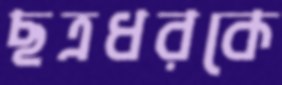
ছত্রধরকে